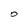
Character: O